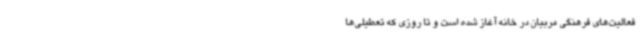
فعالیت‌های فرهنگی مربیان در خانه آغاز شده است و تا روزی که تعطیلی‌ها